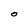
Character: O